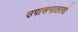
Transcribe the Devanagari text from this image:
उपासनातत्वों